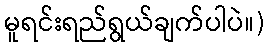
မူရင်းရည်ရွယ်ချက်ပါပဲ။)